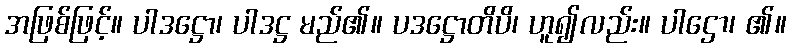
အဖြစ်ဖြင့်။ ပါဒဋ္ဌော၊ ပါဒဋ္ဌ မည်၏။ ပဒဋ္ဌောတိပိ၊ ဟူ၍လည်း။ ပါဌော၊ ၏။